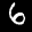
Label: 6